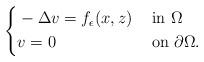
LaTeX: \begin{align*} \left\{\begin{aligned} &-\Delta v=f_{\epsilon}(x,z)&&\mbox{ in }\Omega\\&v=0&&\mbox{ on }\partial\Omega. \end{aligned}\right.\end{align*}